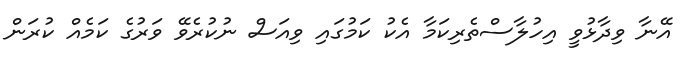
އޭނާ ވިދާޅުވީ އިހުލާސްތެރިކަމާ އެކު ކަމުގައި ވިއަސް ނުކުރެވޭ ވަރުގެ ކަމެއް ކުރަން